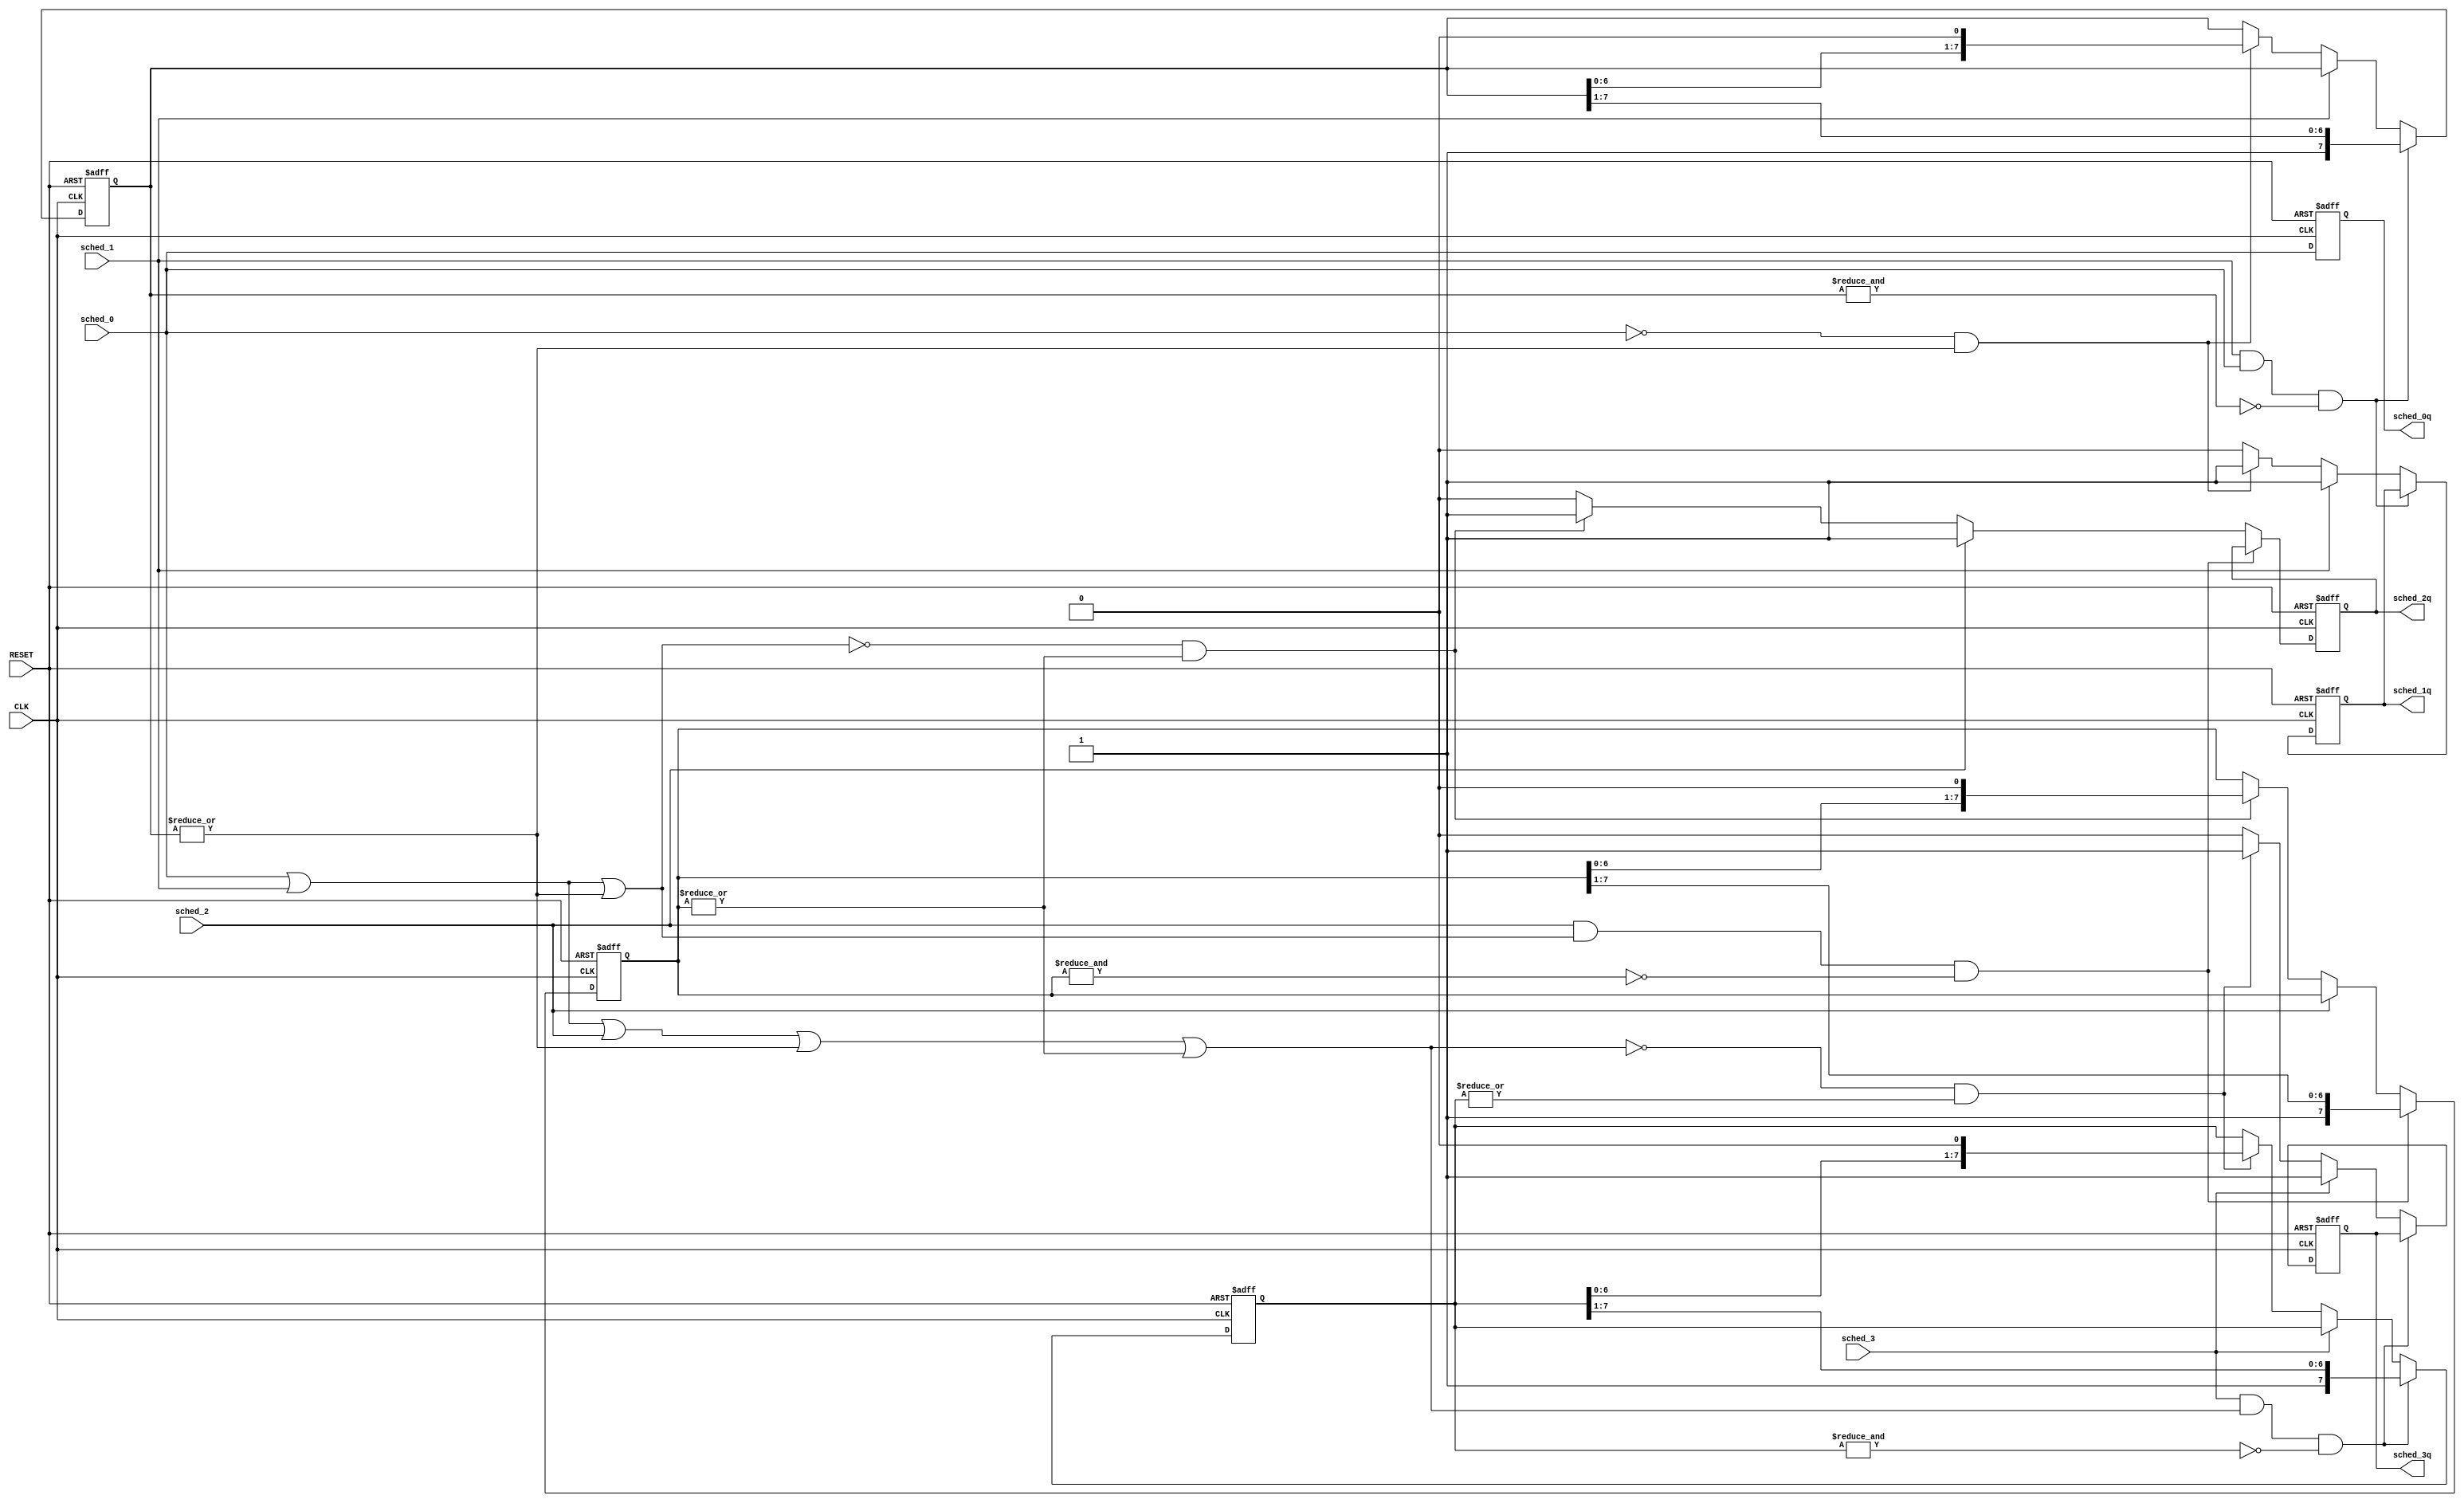
module sched_stack (
        CLK,
        RESET,
        sched_3,
        sched_2,
        sched_1,
        sched_0,
        sched_3q,
        sched_2q,
        sched_1q,
        sched_0q
        );
    
input   CLK,
        RESET,
        sched_3,
        sched_2,
        sched_1,
        sched_0;
        
output  sched_3q,
        sched_2q,
        sched_1q,
        sched_0q;
        

reg [7:0] thread3q,        
          thread2q,
          thread1q;

reg     sched_3q,
        sched_2q,
        sched_1q,
        sched_0q;
        

wire    sched_3,
        sched_2,
        sched_1,
        sched_0;

wire    sched_3q_empty,
        sched_2q_empty,
        sched_1q_empty;

wire    sched_3q_full,
        sched_2q_full,
        sched_1q_full;
        
wire    sched_3_blocked;
        
assign sched_3_blocked = sched_0 | sched_1 | sched_2 | ~sched_1q_empty | ~sched_2q_empty; 

assign  sched_3q_empty = ~|thread3q;
assign  sched_2q_empty = ~|thread2q;
assign  sched_1q_empty = ~|thread1q;

assign  sched_3q_full = &thread3q;
assign  sched_2q_full = &thread2q;
assign  sched_1q_full = &thread1q;

always @(posedge CLK or posedge RESET) begin
    if (RESET) begin
         thread3q <= 8'b00000000;              
         thread2q <= 8'b00000000;
         thread1q <= 8'b00000000;
         sched_0q <= 1'b0;
         sched_1q <= 1'b0;
         sched_2q <= 1'b0;
         sched_3q <= 1'b0;
    end
    else begin

        sched_0q <= sched_0; 
    
        if ((sched_1 && sched_0 && ~sched_1q_full))
            thread1q[7:0] <= {1'b1, thread1q[7:1]};       // sched 1 push
        else if (sched_1) sched_1q <= 1'b1;
        else if (~sched_0 && ~sched_1q_empty) begin
            sched_1q <= 1'b1; 
            thread1q[7:0] <= {thread1q[6:0], 1'b0};  // sched 1 pop
        end    
        else sched_1q <= 1'b0;      
          
        if ((sched_2 && (sched_0 | sched_1 | ~sched_1q_empty) && ~sched_2q_full))
            thread2q[7:0] <= {1'b1, thread2q[7:1]};       // sched 2 push
        else if (sched_2) sched_2q <= 1'b1;
        else if (~(sched_0 | sched_1 | ~sched_1q_empty) && ~sched_2q_empty) begin
            sched_2q <= 1'b1; 
            thread2q[7:0] <= {thread2q[6:0], 1'b0};  // sched 2 pop
        end
        else sched_2q <= 1'b0; 

        if ((sched_3 && sched_3_blocked && ~sched_3q_full))
            thread3q[7:0] <= {1'b1, thread3q[7:1]};       // sched 3 push
        else if (sched_3) sched_3q <= 1'b1;
        else if (~sched_3_blocked && ~sched_3q_empty) begin
            sched_3q <= 1'b1; 
            thread3q[7:0] <= {thread3q[6:0], 1'b0};  // sched 3 pop
        end      
        else sched_3q <= 1'b0;       
    end
end                                                                    
endmodule